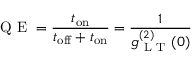
\mathrm { ~ Q ~ E ~ } = \frac { t _ { \mathrm { o n } } } { t _ { \mathrm { o f f } } + t _ { \mathrm { o n } } } = \frac { 1 } { g _ { \mathrm { ~ L ~ T ~ } } ^ { ( 2 ) } ( 0 ) }